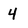
Character: 4